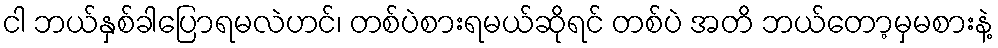
ငါ ဘယ်နှစ်ခါပြောရမလဲဟင်၊ တစ်ပဲစားရမယ်ဆိုရင် တစ်ပဲ အတိ ဘယ်တော့မှမစားနဲ့